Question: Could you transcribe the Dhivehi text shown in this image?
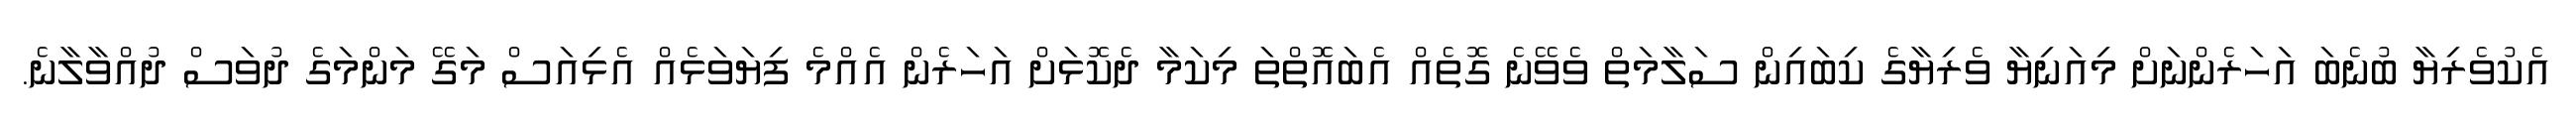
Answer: އެކުވެރިޔާ ބުނެބަ އަހަރެންނަށް މިއަނިޔާ ވެރިޔާގެ ކިބައިން ސަލާމަތް ވެވޭނެ ގޮތެއް އެބައޮތްތަ މިކަމާ ދެކޮޅަށް އަހަރެން އެއްމެ ފިޔަވަޅެއް އެޅިއަސް މަގޭ މަންމަގެ ދުވަސް ދުއްވާލާނެ.